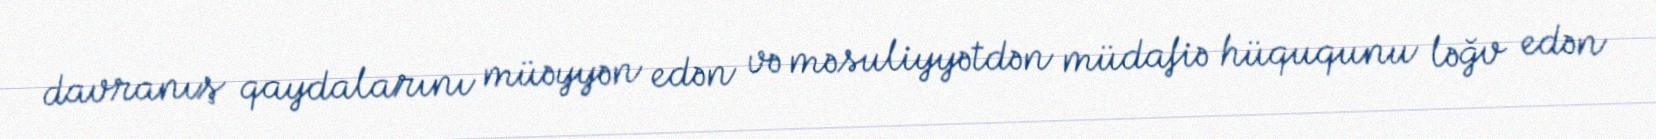
davranış qaydalarını müəyyən edən və məsuliyyətdən müdafiə hüququnu ləğv edən